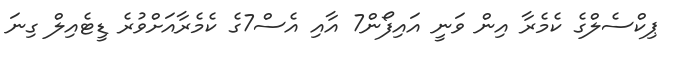
ޕިކްސެލްގެ ކެމެރާ އިން ވަނީ އައިފޯން7 އާއި އެސް7ގެ ކެމެރާއަށްވުރެ ޑީޓެއިލް ގިނަ